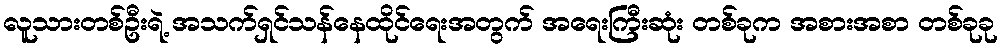
လူသားတစ်ဦးရဲ့ အသက်ရှင်သန်နေထိုင်ရေးအတွက် အရေးကြီးဆုံး တစ်ခုက အစားအစာ တစ်ခုခု